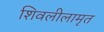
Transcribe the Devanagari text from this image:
शिवलीलामृत